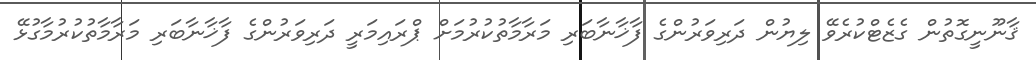
ޤާނޫނީގޮތުން ގެޒެޓްކުރެވޭ ލިޔުން ދަރިވަރުންގެ ފާޚާނާބަރި މަރާމާތުކުރުމަށް ޕްރައިމަރީ ދަރިވަރުންގެ ފާޚާނާބަރި މަރާމާތުކުރުމާގުޅޭ